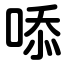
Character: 㖭